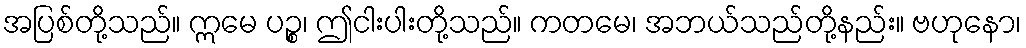
အပြစ်တို့သည်။ ဣမေ ပဉ္စ၊ ဤငါးပါးတို့သည်။ ကတမေ၊ အဘယ်သည်တို့နည်း။ ဗဟုနော၊